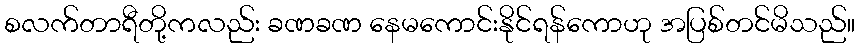
စလက်တာရီတို့ကလည်း ခဏခဏ နေမကောင်းနိုင်ရန်ကောဟု အပြစ်တင်မိသည်။